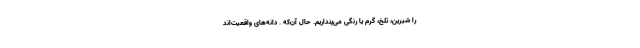
را شیرین، تلخ، گرم یا رنگی می‌پنداریم. حال آن‌که . دانه‌های واقعیت‌اند